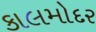
કાલમોદર